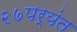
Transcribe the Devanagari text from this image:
२७पर्यंत